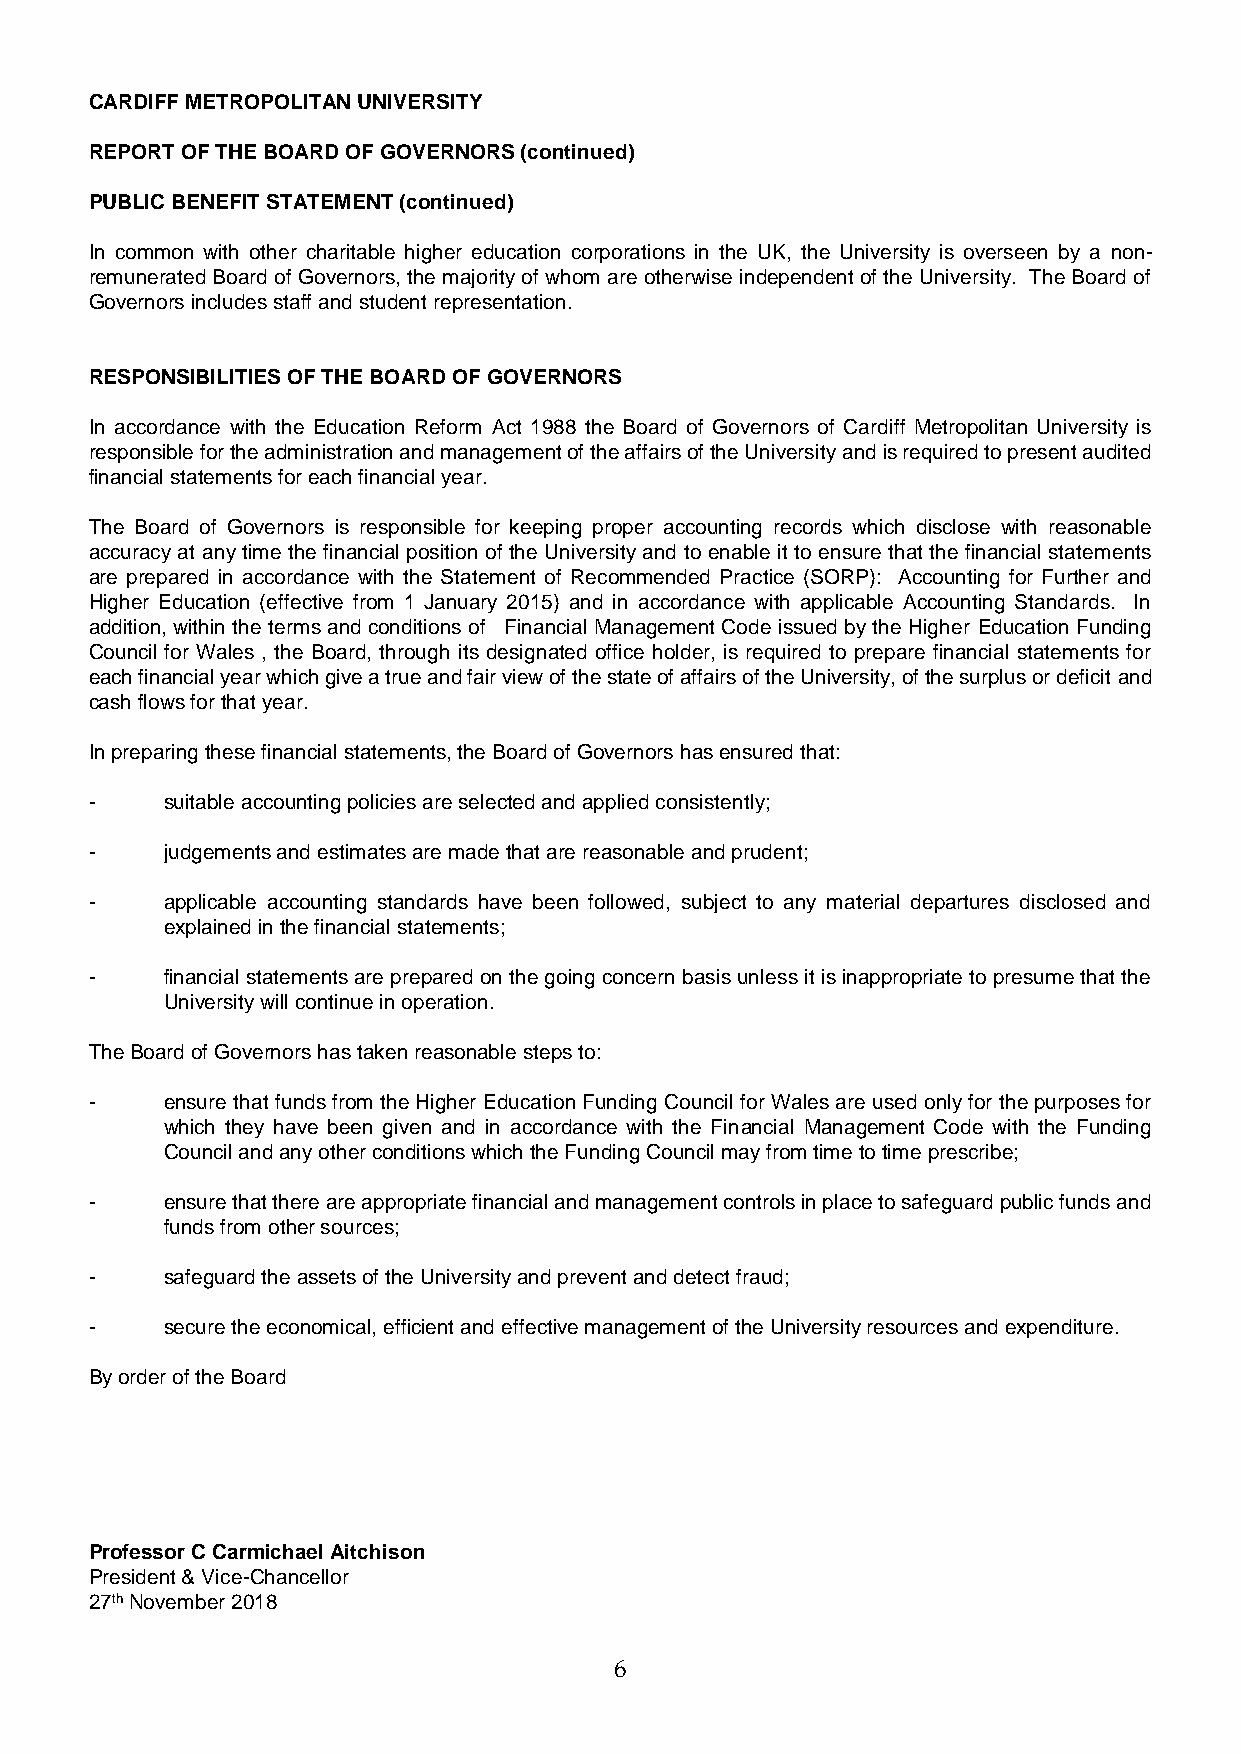
CARDIFF METROPOLITAN UNIVERSITY
 REPORT OF THE BOARD OF GOVERNORS (continued)
 PUBLIC BENEFIT STATEMENT (continued)
 In common with other charitable higher education corporations in the UK, the University is overseen by a non-
 remunerated Board of Governors, the majority of whom are otherwise independent of the University. The Board of
 Governors includes staff and student representation.
 RESPONSIBILITIES OF THE BOARD OF GOVERNORS
 In accordance with the Education Reform Act 1988 the Board of Governors of Cardiff Metropolitan University is
 responsible for the administration and management of the affairs of the University and is required to present audited
 financial statements for each financial year.
 The Board of Governors is responsible for keeping proper accounting records which disclose with reasonable
 accuracy at any time the financial position of the University and to enable it to ensure that the financial statements
 are prepared in accordance with the Statement of Recommended Practice (SORP): Accounting for Further and
 Higher Education (effective from 1 January 2015) and in accordance with applicable Accounting Standards. In
 addition, within the terms and conditions of Financial Management Code issued by the Higher Education Funding
 Council for Wales , the Board, through its designated office holder, is required to prepare financial statements for
 each financial year which give a true and fair view of the state of affairs of the University, of the surplus or deficit and
 cash flows for that year.
 In preparing these financial statements, the Board of Governors has ensured that:
 -    suitable accounting policies are selected and applied consistently;
 -    judgements and estimates are made that are reasonable and prudent;
 -    applicable accounting standards have been followed, subject to any material departures disclosed and
 explained in the financial statements;
 -    financial statements are prepared on the going concern basis unless it is inappropriate to presume that the
 University will continue in operation.
 The Board of Governors has taken reasonable steps to:
 -    ensure that funds from the Higher Education Funding Council for Wales are used only for the purposes for
 which they have been given and in accordance with the Financial Management Code with the Funding
 Council and any other conditions which the Funding Council may from time to time prescribe;
 -    ensure that there are appropriate financial and management controls in place to safeguard public funds and
 funds from other sources;
 -    safeguard the assets of the University and prevent and detect fraud;
 -    secure the economical, efficient and effective management of the University resources and expenditure.
 By order of the Board
 Professor C Carmichael Aitchison
 President & Vice-Chancellor
 27th November 2018
 6